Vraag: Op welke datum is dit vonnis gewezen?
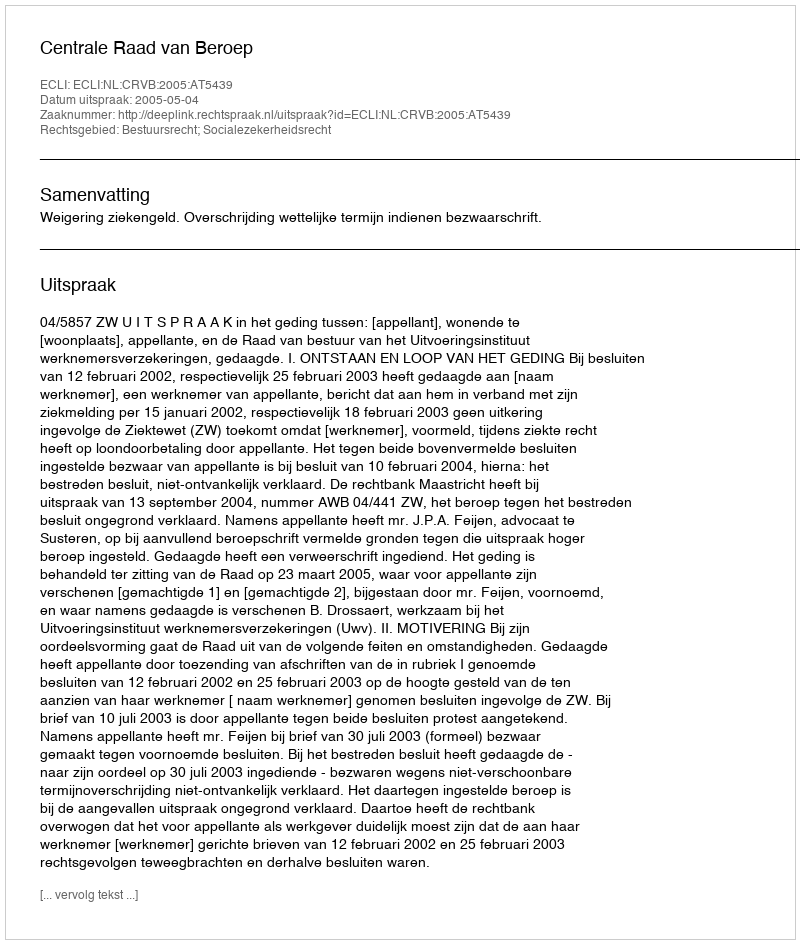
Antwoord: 2005-05-04